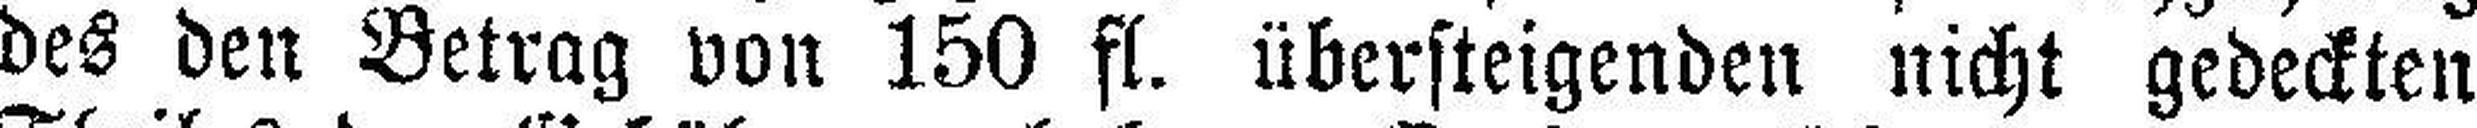
des den Betrag von 150 fl. übersteigenden nicht gedeckten